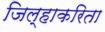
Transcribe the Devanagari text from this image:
जिल्हाकरिता